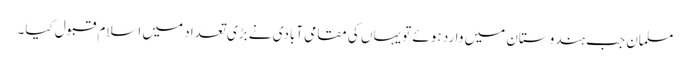
مسلمان جب ہندوستان میں وارد ہوئے تو یہاں کی مقامی آبادی نے بڑی تعداد میں اسلام قبول کیا۔